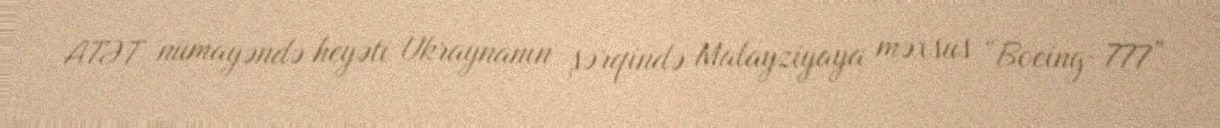
ATƏT nümayəndə heyəti Ukraynanın şərqində Malayziyaya məxsus “Boeing-777”